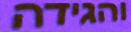
והגידה